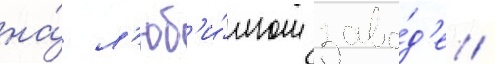
на́ л'юб'и́мом заво́д'е /